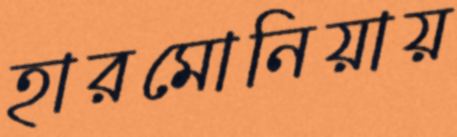
হারমোনিয়ায়